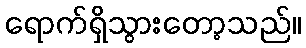
ရောက်ရှိသွားတော့သည်။